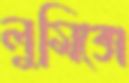
লুমিক্সে